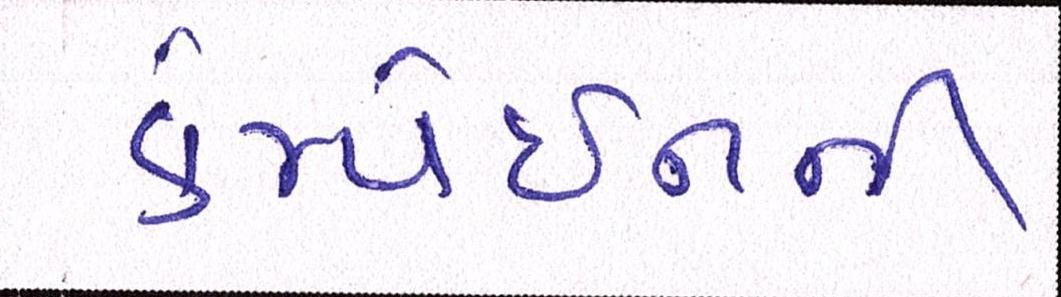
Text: કેમ્પેઇનની